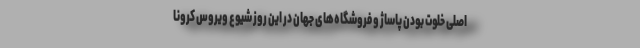
اصلی خلوت بودن پاساژ و فروشگاه‌های جهان در این روز شیوع ویروس کرونا